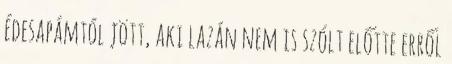
édesapámtól jött, aki lazán nem is szólt előtte erről